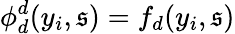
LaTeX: \phi_{d}^{d}(y_{i},\mathfrak{s})=f_{d}(y_{i},\mathfrak{s})